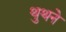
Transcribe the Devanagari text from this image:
थुथने